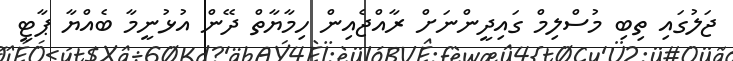
ޖަލުގައި ތިބި މުސްލިމް ގައިދީންނަށް ރާއްޖެއިން ހިމާޔާތް ދޭން އުޅުނީމާ ބެއްޔާ ޕާޓީ